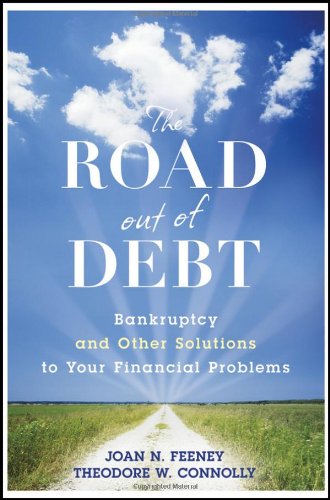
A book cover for The Road Out of Debt: Bankruptcy and Other Solutions to Your Financial Problems; Joan N. Feeney; Business & Money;